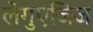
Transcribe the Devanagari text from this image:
लेगुएजिज